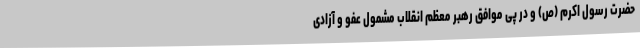
حضرت رسول اکرم (ص) و در پی موافق رهبر معظم انقلاب مشمول عفو و آزادی